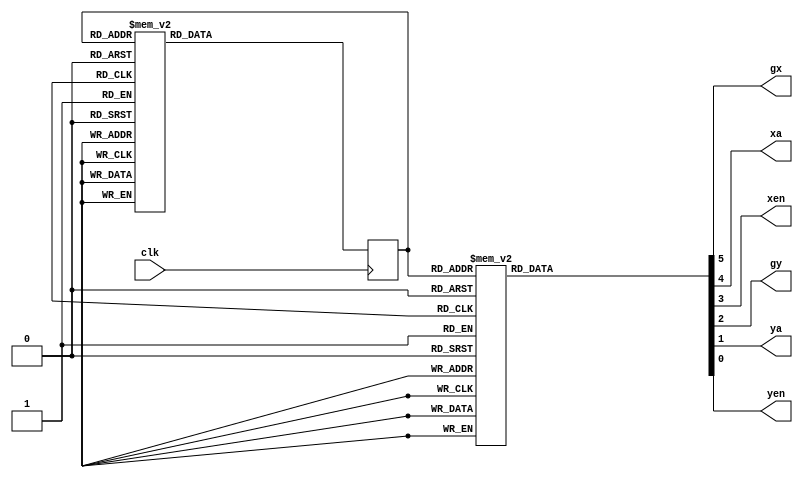
module TPC(clk,gx,xa,xen,gy,ya,yen);
input clk;
output gx,xa,xen,gy,ya,yen;
reg[5:0]TPctr;
reg[2:0]cs,ns;
always @(posedge clk)
 cs<=ns;
 
assign gx=TPctr[5];
assign xa=TPctr[4];
assign xen=TPctr[3];
assign gy=TPctr[2];
assign ya=TPctr[1];
assign yen=TPctr[0];

always@(cs)
case(cs)
3'd0:TPctr<=6'b000100;// gx,xa,xen,gy,ya,yen;
3'd1:TPctr<=6'b011100;
3'd2:TPctr<=6'b010100;
3'd3:TPctr<=6'b000100;
3'd4:TPctr<=6'b100000;
3'd5:TPctr<=6'b100011;
3'd6:TPctr<=6'b100010;
3'd7:TPctr<=6'b100000;
endcase

always@(*)
case(cs)
3'd0:ns=3'd1;
3'd1:ns=3'd2;//change state
3'd2:ns=3'd3;
3'd3:ns=3'd4;
3'd4:ns=3'd5;
3'd5:ns=3'd6;
3'd6:ns=3'd7;
3'd7:ns=3'd0;
endcase
endmodule